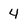
Character: 4